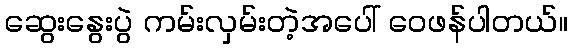
ဆွေးနွေးပွဲ ကမ်းလှမ်းတဲ့အပေါ် ဝေဖန်ပါတယ်။